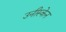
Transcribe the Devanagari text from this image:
उनीस्केन